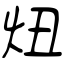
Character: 炄